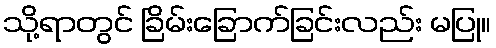
သို့ရာတွင် ခြိမ်းခြောက်ခြင်းလည်း မပြု။